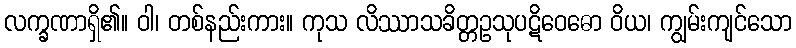
လက္ခဏာရှိ၏။ ဝါ၊ တစ်နည်းကား။ ကုသ လိဿာသခိတ္တဥသုပဋိဝေဓော ဝိယ၊ ကျွမ်းကျင်သော